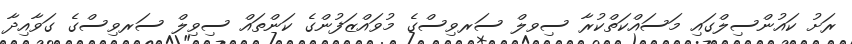
ރަށު ކައުންސިލްގައި މަސައްކަތްކުރާ ސިވލް ސަރވިސްގެ މުވައްޒަފުންގެ ކަންތައް ސިވިލް ސަރވިސްގެ ގަވާއިދާ